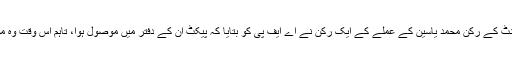
برطانوی پارلیمنٹ کے رکن محمد یاسین کے عملے کے ایک رکن نے اے ایف پی کو بتایا کہ پیکٹ ان کے دفتر میں موصول ہوا، تاہم اُس وقت وہ موجود نہیں تھے۔